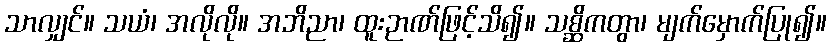
သာလျှင်။ သယံ၊ အလိုလို။ အဘိညာ၊ ထူးဉာဏ်ဖြင့်သိ၍။ သစ္ဆိကတွာ၊ မျက်မှောက်ပြု၍။